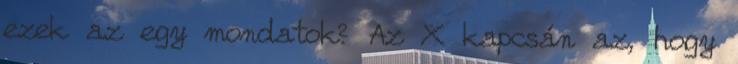
ezek az egy mondatok? Az X kapcsán az, hogy